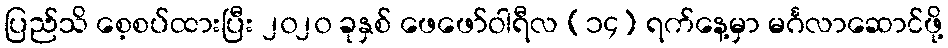
ပြည်သိ စေ့စပ်ထားပြီး ၂၀၂၀ ခုနှစ် ဖေဖော်ဝါရီလ (၁၄) ရက်နေ့မှာ မင်္ဂလာဆောင်ဖို့